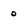
Character: 0